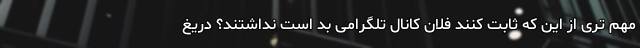
مهم تری از این که ثابت کنند فلان کانال تلگرامی بد است نداشتند؟ دریغ